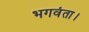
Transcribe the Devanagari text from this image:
भगवंता।